Annual administration report of the Civil Veterinary Department of India - 1899-1900
Year: 1899
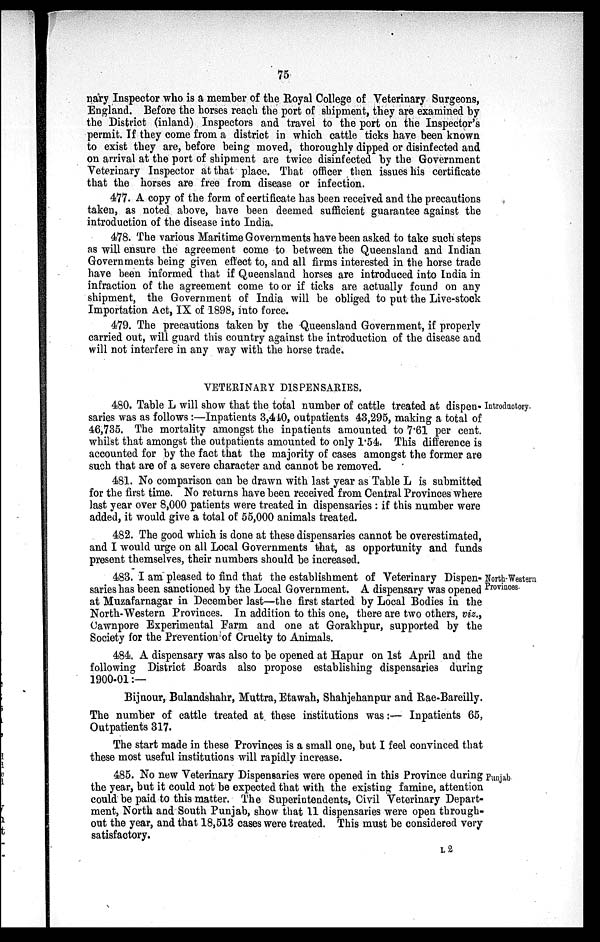
75
nary Inspector who is a member of the Royal College of Veterinary Surgeons,
England. Before the horses reach the port of shipment, they are examined by
the District (inland) Inspectors and travel to the port on the Inspector's
permit. If they come from a district in which cattle ticks have been known
to exist they are, before being moved, thoroughly dipped or disinfected and
on arrival at the port of shipment are twice disinfected by the Government
Veterinary Inspector at that place. That officer then issues his certificate
that the horses are free from disease or infection.
477. A copy of the form of certificate has been received and the precautions
taken, as noted above, have been deemed sufficient guarantee against the
introduction of the disease into India.
478. The various Maritime Governments have been asked to take such steps
as will ensure the agreement come to between the Queensland and Indian
Governments being given effect to, and all firms interested in the horse trade
have been informed that if Queensland horses are introduced into India in
infraction of the agreement come to or if ticks are actually found on any
shipment, the Government of India will be obliged to put the Live-stock
Importation Act, IX of 1898, into force.
479. The precautions taken by the Queensland Government, if properly
carried out, will guard this country against the introduction of the disease and
will not interfere in any way with the horse trade.
Introductory.
VETERINARY DISPENSARIES.
480. Table L will show that the total number of cattle treated at dispen-
saries was as follows :—Inpatients 3,440, outpatients 43,295, making a total of
46,735. The mortality amongst the inpatients amounted to 7.61 per cent.
whilst that amongst the outpatients amounted to only 1.54. This difference is
accounted for by the fact that the majority of cases amongst the former are
such that are of a severe character and cannot be removed.
481. No comparison can be drawn with last year as Table L is submitted
for the first time. No returns have been received from Central Provinces where
last year over 8,000 patients were treated in dispensaries: if this number were
added, it would give a total of 55,000 animals treated.
482. The good which is done at these dispensaries cannot be overestimated,
and I would urge on all Local Governments that, as opportunity and funds
present themselves, their numbers should be increased.
North-Western
Provinces.
483. I am pleased to find that the establishment of Veterinary Dispen-
saries has been sanctioned by the Local Government. A dispensary was opened
at Muzafarnagar in December last—the first started by Local Bodies in the
North-Western Provinces. In addition to this one, there are two others, viz.,
Cawnpore Experimental Farm and one at Gorakhpur, supported by the
Society for the Prevention of Cruelty to Animals.
484. A dispensary was also to be opened at Hapur on 1st April and the
following District Boards also propose establishing dispensaries during
1900-01 :—
Bijnour, Bulandshahr, Muttra, Etawah, Shahjehanpur and Rae-Bareilly.
The number of cattle treated at these institutions was :— Inpatients 65,
Outpatients 317.
The start made in these Provinces is a small one, but I feel convinced that
these most useful institutions will rapidly increase.
Punjab
485. No new Veterinary Dispensaries were opened in this Province during
the year, but it could not be expected that with the existing famine, attention
could be paid to this matter. The Superintendents, Civil Veterinary Depart-
ment, North and South Punjab, show that 11 dispensaries were open through-
out the year, and that 18,513 cases were treated. This must be considered very
satisfactory.
L 2